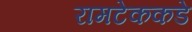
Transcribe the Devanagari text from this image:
रामटेककडे